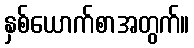
နှစ်ယောက်စာအတွက်။